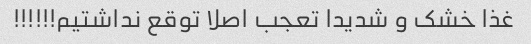
غذا خشک و شدیدا تعجب اصلا توقع نداشتیم!!!!!!